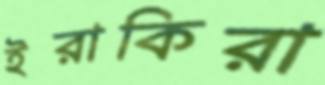
ইরাকিরা